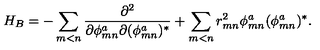
H _ { B } = - \sum _ { m < n } \frac { \partial ^ { 2 } } { \partial \phi _ { m n } ^ { a } \partial ( \phi _ { m n } ^ { a } ) ^ { * } } + \sum _ { m < n } r _ { m n } ^ { 2 } \phi _ { m n } ^ { a } ( \phi _ { m n } ^ { a } ) ^ { * } .